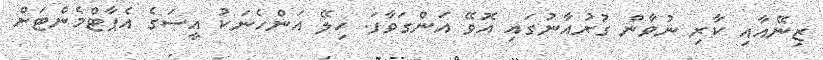
ޒިނޭއާއި ކާރި ނުވާން ގުރުއާނުގައި އޮވޭ އަންގަވާފަ. ހިލޭ އަންހެނަކު އީސަގެ އެޕާޓްމެންޓަށް